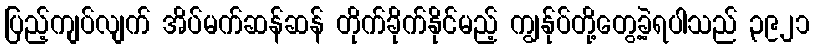
ပြည့်ကျပ်လျက် အိပ်မက်ဆန်ဆန် တိုက်ခိုက်နိုင်မည့် ကျွန်ုပ်တို့တွေ့ခဲ့ရပါသည် ၃၉၂၁